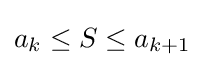
a_{k}\leq S\leq a_{k+1}